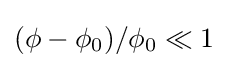
(\phi -\phi _{0})/\phi _{0}\ll 1